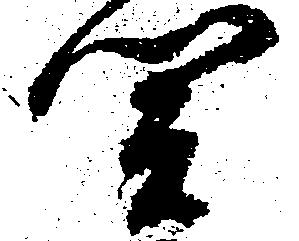
関